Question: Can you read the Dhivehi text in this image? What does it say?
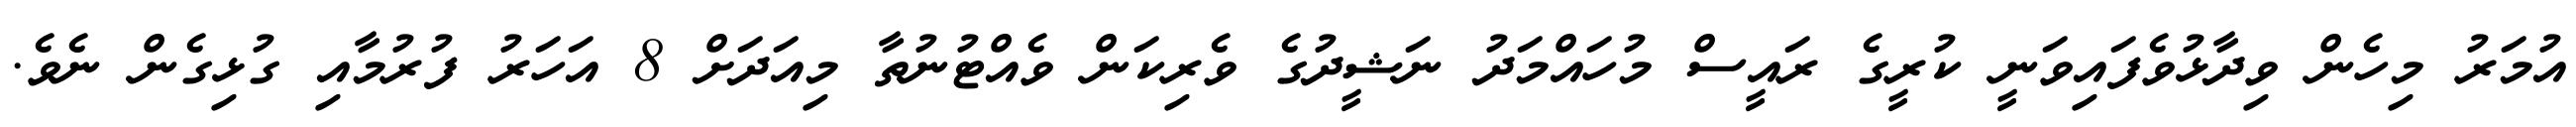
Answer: އުމަރު މިހެން ވިދާޅުވެފައިވަނީ ކުރީގެ ރައީސް މުހައްމަދު ނަޝީދުގެ ވެރިކަން ވެއްޓުނުތާ މިއަދަށް 8 އަހަރު ފުރުމާއި ގުޅިގެން ނެވެ.